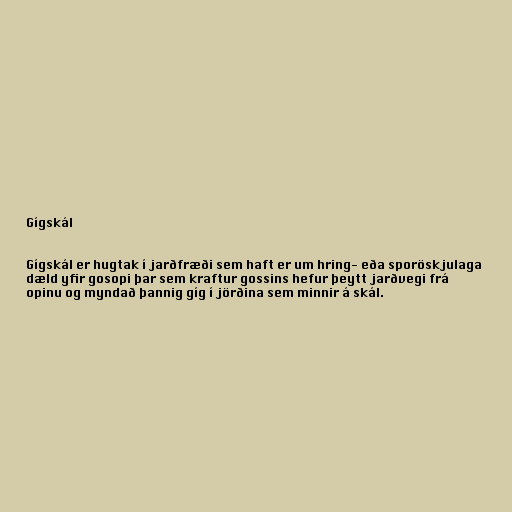
Gígskál

Gígskál er hugtak í jarðfræði sem haft er um hring- eða sporöskjulaga
dæld yfir gosopi þar sem kraftur gossins hefur þeytt jarðvegi frá
opinu og myndað þannig gíg í jörðina sem minnir á skál.